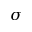
\sigma